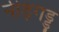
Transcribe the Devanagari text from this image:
नीड़गड्डु